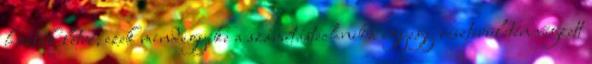
hozták létre, ezek mindegyike a számítástechnika egyegy részterületén végzett